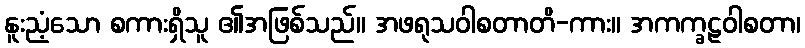
နူးညံ့သော စကားရှိသူ ၏အဖြစ်သည်။ အဖရုသဝါစတာတိ-ကား။ အကက္ခဠဝါစတာ၊